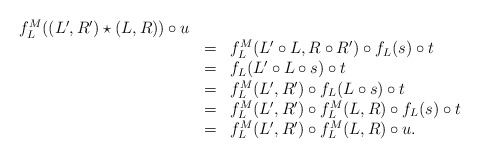
\begin{align*} \begin{array}{lll} f_L^M((L',R')\star (L,R))\circ u\\ &=&f_L^M(L'\circ L,R\circ R')\circ f_L(s)\circ t\\ &=&f_L(L'\circ L\circ s)\circ t\\ &=&f_L^M(L',R')\circ f_L(L\circ s)\circ t\\ &=&f_L^M(L',R')\circ f_L^M(L,R)\circ f_L(s)\circ t\\ &=&f_L^M(L',R')\circ f_L^M(L,R)\circ u. \end{array} \end{align*}